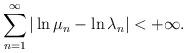
LaTeX: \begin{align*}\sum\limits_{n=1}^{\infty} |\ln\mu_n-\ln\lambda_n|<+\infty.\end{align*}